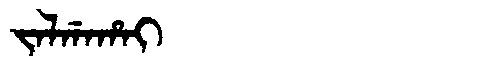
Manchu: ᠵᠠᠯᡤᠠᡥᠠᡳ
Romanization: JALGAHAI